Annual administration report of the Civil Veterinary Department of India - 1896-1897
Year: 1896
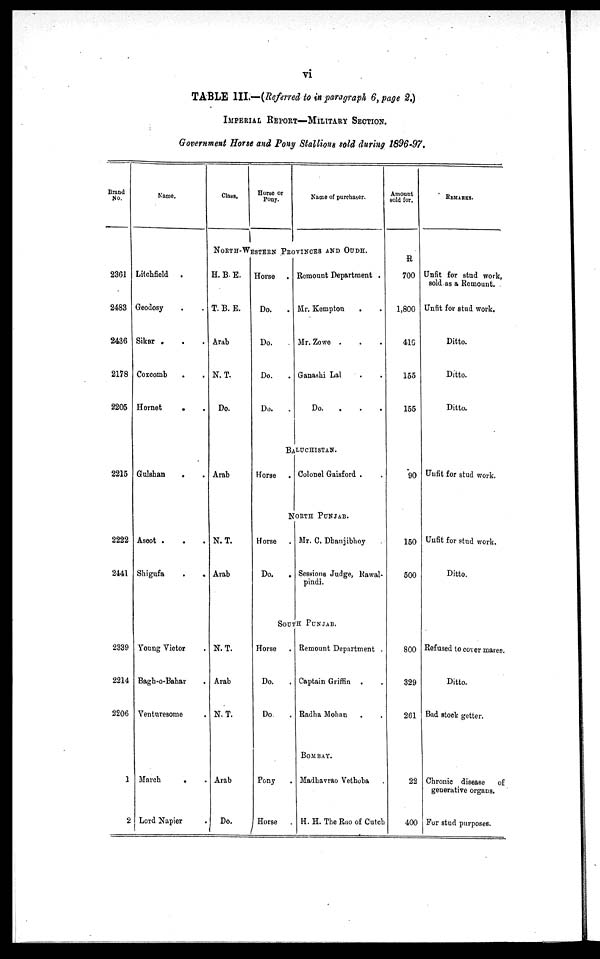
vi
TABLE III.—(Referred to in paragraph 6, page 2.)
IMPERIAL REPORT-MILITARY SECTION.
Government Horse and Pony Stallions sold during 1896-97.
Brand
No.
2361
2483
2436
2178
2205
2215
2222
2441
2339
2214
2206
1
2
Name.
Litchfield .
Geodosy . .
Sikar . . .
Coxcomb . .
Hornet . .
Gulshan
. .
Ascot . . .
Shigufa
.
.
Young Victor .
Bagh-o-Bahar .
Venturesome .
March
. .
Lord Napier
Class.
Horse or
Pony.
Name of purchaser.
NORTH-WESTERN PROVINCES AND OUDH.
H. B. E.
T. B. E.
Arab
N. T.
Do.
Arab
N. T.
Arab
N. T.
Arab
N. T.
Arab
Do.
Horse .
Do. .
Do.
Do. .
Do. .
Remount Department .
Mr. Kempton . .
Mr. Zowe . . .
Ganashi Lal . .
Do. . . . .
BALUCHISTAN.
Horse .
Colonel Gaisford . . .
NORTH PUNJAB.
Horse .
Do.
.
Mr. C. Dhanjibhoy
Sessions Judge, Rawal-
pindi.
SOUTH PUNJAB.
Horse .
Do. .
Do .
Pony .
Horse
Remount Department .
Captain Griffin . .
Radha Mohan . .
BOMBAY.
Madbavrao Vethoba
H. H. The Rao of Cutch
Amount
sold for.
R
700
1,800
410
155
155
90
150
500
800
329
261
22
400
REMARKS.
Unfit for stud work,
sold as a Remount.
Unfit for stud work.
Ditto.
Ditto.
Ditto.
Unfit for stud work.
Unfit for stud work.
Ditto.
Refused to cover mares.
Ditto.
Bad stock getter.
Chronic disease
of
generative organs.
For stud purposes.